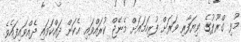
މުޅި ގްރޫޕުގެ ވިޔަފާރި ވަރަށް ފުރިހަމައަށް މެނޭޖް ކުރައްވައި އެކަން ދައްކަވައި ދެއްވައިފައެވެ.